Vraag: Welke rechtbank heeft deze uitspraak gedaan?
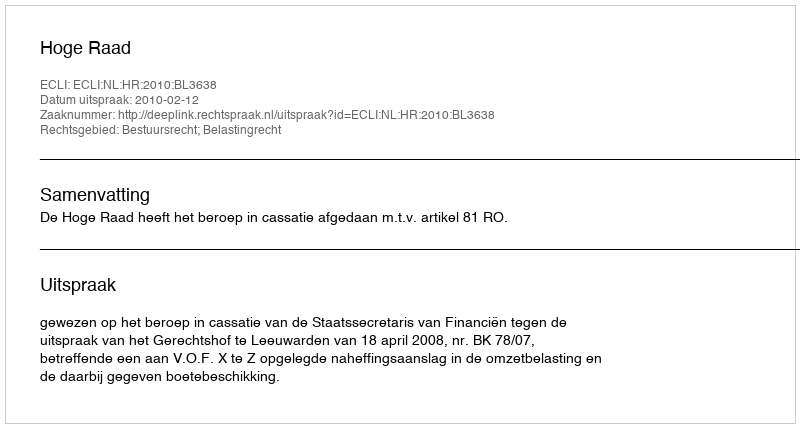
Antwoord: Hoge Raad